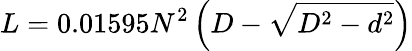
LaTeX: L=0.01595N^{2}\left(D-{\sqrt{D^{2}-d^{2}}}\right)